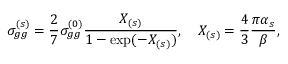
\sigma _ { g g } ^ { ( s ) } = \frac { 2 } { 7 } \sigma _ { g g } ^ { ( 0 ) } \frac { X _ { ( s ) } } { 1 - \exp ( - X _ { ( s ) } ) } , \quad X _ { ( s ) } = \frac { 4 } { 3 } \frac { \pi \alpha _ { s } } { \beta } ,